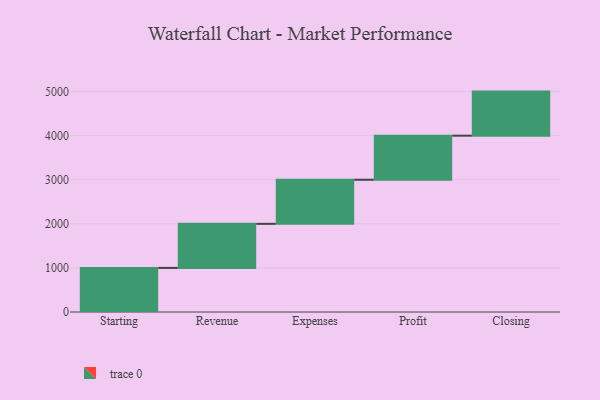
{"axis": {"x": "Step", "y": "Value"}, "legend": [""], "data": [{"x": "Starting", "y": 1000, "type": ""}, {"x": "Revenue", "y": 1000, "type": ""}, {"x": "Expenses", "y": 1000, "type": ""}, {"x": "Profit", "y": 1000, "type": ""}, {"x": "Closing", "y": 1000, "type": ""}]}